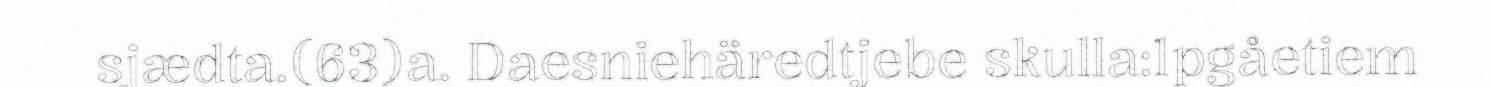
sjædta.(63)a. Daesniehäredtjebe skulla:1pgåetiem